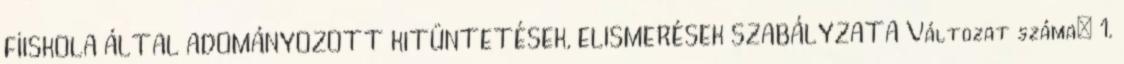
FİISKOLA ÁLTAL ADOMÁNYOZOTT KITÜNTETÉSEK, ELISMERÉSEK SZABÁLYZATA Változat száma: 1.